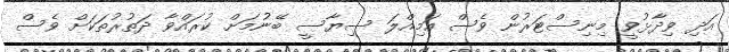
އަދި ވިދާޅުވީ މިނިސްޓަރުން ވެސް އަމިއްލަ ސިޔާސީ ބޭނުމަށް ކުރައްވާ ދަތުރުތަކަށް ވެސް